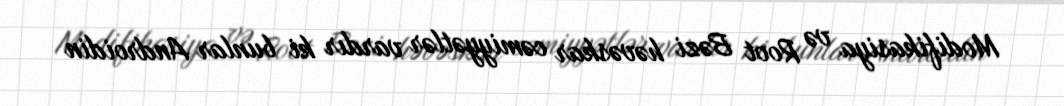
Modifikasiya və Root Bəzi həvəskar cəmiyyətlər vardır ki bunlar Androidin